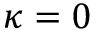
\kappa = 0